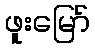
ဖူးမြော်